Papers set at the Examination for Leaving Certificates, 1892
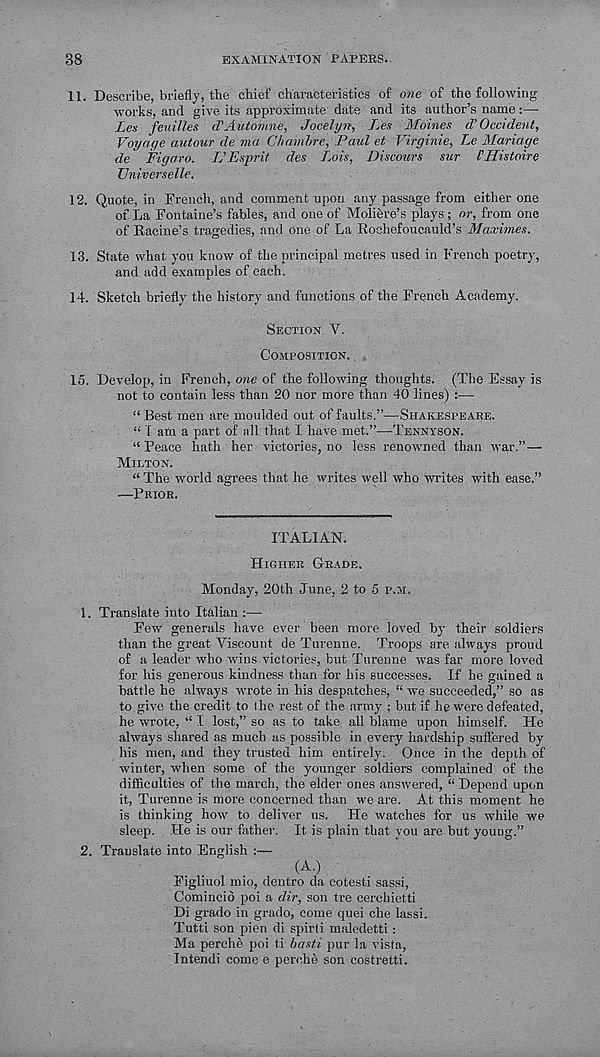
38
EXAMINATION PAPERS..
11. Describe, briefly, the chief characteristics of one of the following
works, and give its approximate date and its author’s name:—
Les feuilles d’Automne, Jocelyn, Les Moines <TOccident,
Voyage autour de ma Chambre, Paul et Virginia, Le Manage
de Figaro. TJEsprit des Lois, Discours sur FHistoire
TJniverselle.
12. Quote, in French, and comment upon any passage from either one
of La Fontaine’s fables, and one of Moliere’s plays; or, from one
of Eacine’s tragedies, and one of La Rochefoucauld’s Maximes.
13. State what you know of the principal metres used in French poetry,
and add examples of each.
14. Sketch briefly the history and functions of the French Academy.
Section Y.
Composition.
15. Develop, in French, one of the following thoughts. (The Essay is
not to contain less than 20 nor more than 40 lines) :—
“ Best men are moulded out of faults.”—Shakespeare.
“ I am a part of all that I have met.”—Tennyson.
“ Peace hath her victories, no less renowned than war.”—
Milton.
“ The world agrees that he writes well who writes with ease.”
—Prior,
ITALIAN.
Higher Grade.
Monday, 20th June, 2 to 5 p.m.
1. Translate into Italian :—
Few generals have ever been more loved by their soldiers
than the great Viscount de Turenne. Troops are always proud
of a leader who wins victories, but Turenne was far more loved
for his generous kindness than for his successes. If he gained a
battle he always wrote in his despatches, “ we succeeded,” so as
to give the credit to the rest of the army ; but if he were defeated,
he wrote, “ I lost,” so as to take all blame upon himself. He
always shared as much as possible in every hardship sufl'ered by
his men, and they trusted him entirely. Once in the depth of
winter, when some of the younger soldiers complained of the
difficulties of the march, the elder ones answered, “ Depend upon
it, Turenne is more concerned than we are. At this moment he
is thinking how to deliver us. He watches for us while we
sleep. He is our father. It is plain that you are but young.”
2. Translate into English :—
(A.)
Figliuol mio, dentro da cotesti sassi,
Comincid poi a dir, son tre cerchietti
Di grado in grado, come quei che lassi.
Tutti son pien di spirti maledetti :
Ma perche poi ti basti pur la vista,
Intend! come e perche son costretti.